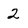
Character: 2